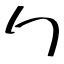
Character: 勹